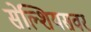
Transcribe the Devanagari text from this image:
सेल्शियसवर